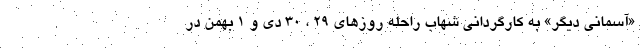
«آسمانی دیگر» به کارگردانی شهاب راحله روزهای ۲۹ ، ۳۰ دی و ۱ بهمن در